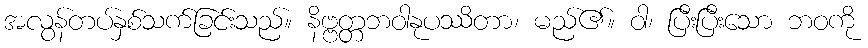
အလွန်တပ်နှစ်သက်ခြင်းသည်။ နိဗ္ဗတ္တဘဝါနုပဿိတာ၊ မည်၏။ ဝါ၊ ပြီးပြီးသော ဘဝကို